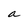
Character: a